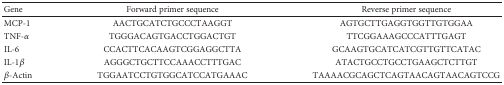
<table><thead><tr><td><b>Gene</b></td><td><b>Forward primer sequence</b></td><td><b>Reverse primer sequence</b></td></tr></thead><tbody><tr><td>MCP-1</td><td>AACTGCATCTGCCCTAAGGT</td><td>AGTGCTTGAGGTGGTTGTGGAA</td></tr><tr><td>TNF-<i>α</i></td><td>TGGGACAGTGACCTGGACTGT</td><td>TTCGGAAAGCCCATTTGAGT</td></tr><tr><td>IL-6</td><td>CCACTTCACAAGTCGGAGGCTTA</td><td>GCAAGTGCATCATCGTTGTTCATAC</td></tr><tr><td>IL-1<i>β</i></td><td>AGGGCTGCTTCCAAACCTTTGAC</td><td>ATACTGCCTGCCTGAAGCTCTTGT</td></tr><tr><td><i>β</i>-Actin</td><td>TGGAATCCTGTGGCATCCATGAAAC</td><td>TAAAACGCAGCTCAGTAACAGTAACAGTCCG</td></tr></tbody></table>